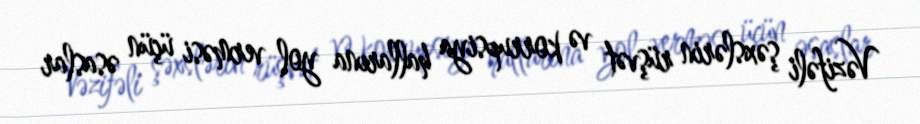
Vəzifəli şəxslərin rüşvət və korrupsiya hallarına yol verməsi üçün əsaslar